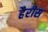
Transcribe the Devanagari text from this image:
हैरीस